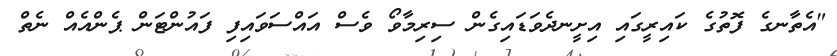
"އެތާނގެ ފޮތުގެ ކައިރީގައި އިށީނދެވަޑައިގެން ސިރިމާވޯ ވެސް އައްސަވައިފި ފައުންޓަން ޕެންއެއް ނެތް